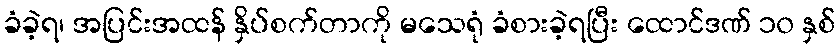
ခံခဲ့ရ၊ အပြင်းအထန် နှိပ်စက်တာကို မသေရုံ ခံစားခဲ့ရပြီး ထောင်ဒဏ် ၁၀ နှစ်